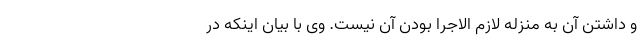
و داشتن آن به منزله لازم الاجرا بودن آن نیست. وی با بیان اینکه در